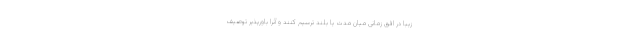
زیبا در افق زمانی میان مدت یا بلند ترسیم کنند و آنرا باورپذیر توصیف